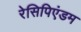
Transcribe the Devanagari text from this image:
रेसिपिएंडम